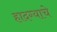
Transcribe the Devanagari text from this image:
हादग्याचे